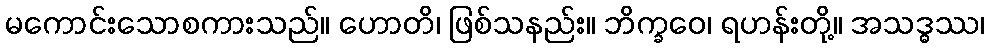
မကောင်းသောစကားသည်။ ဟောတိ၊ ဖြစ်သနည်း။ ဘိက္ခဝေ၊ ရဟန်းတို့။ အသဒ္ဓဿ၊